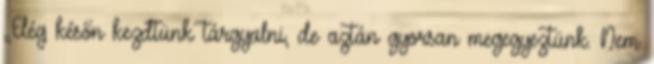
„Elég későn kezdtünk tárgyalni, de aztán gyorsan megegyeztünk. Nem